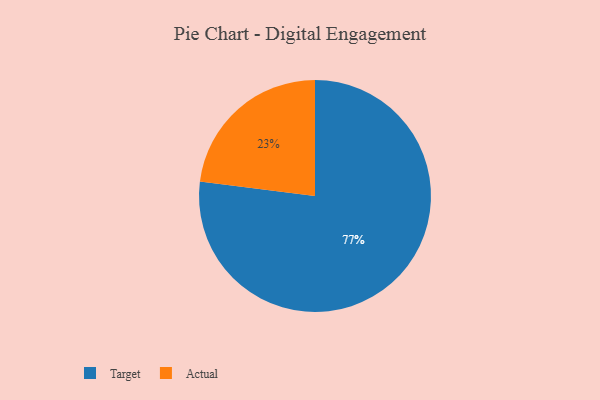
{"axis": {"x": "Category", "y": "Percentage"}, "legend": ["Actual", "Target"], "data": [{"x": "Target", "y": 77, "type": "Target"}, {"x": "Actual", "y": 23, "type": "Actual"}]}